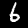
Digit: 6